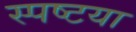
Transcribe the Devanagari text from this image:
स्पष्टया